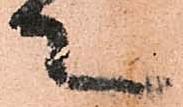
て